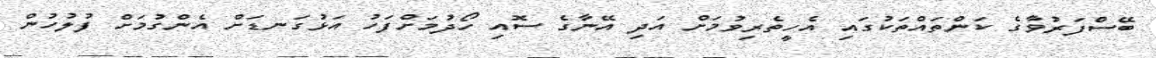
ބޭސްފަރުވާގެ ކަންތައްތަކުގައި އެހީތެރިވުމަށް އަދި އޭނާގެ ސޮއި ހޯދުމަށްފަހު އަޅުގަނޑަށް އެންގުމަށް ފުލުހުން